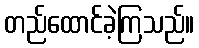
တည်ထောင်ခဲ့ကြသည်။